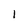
Character: 1